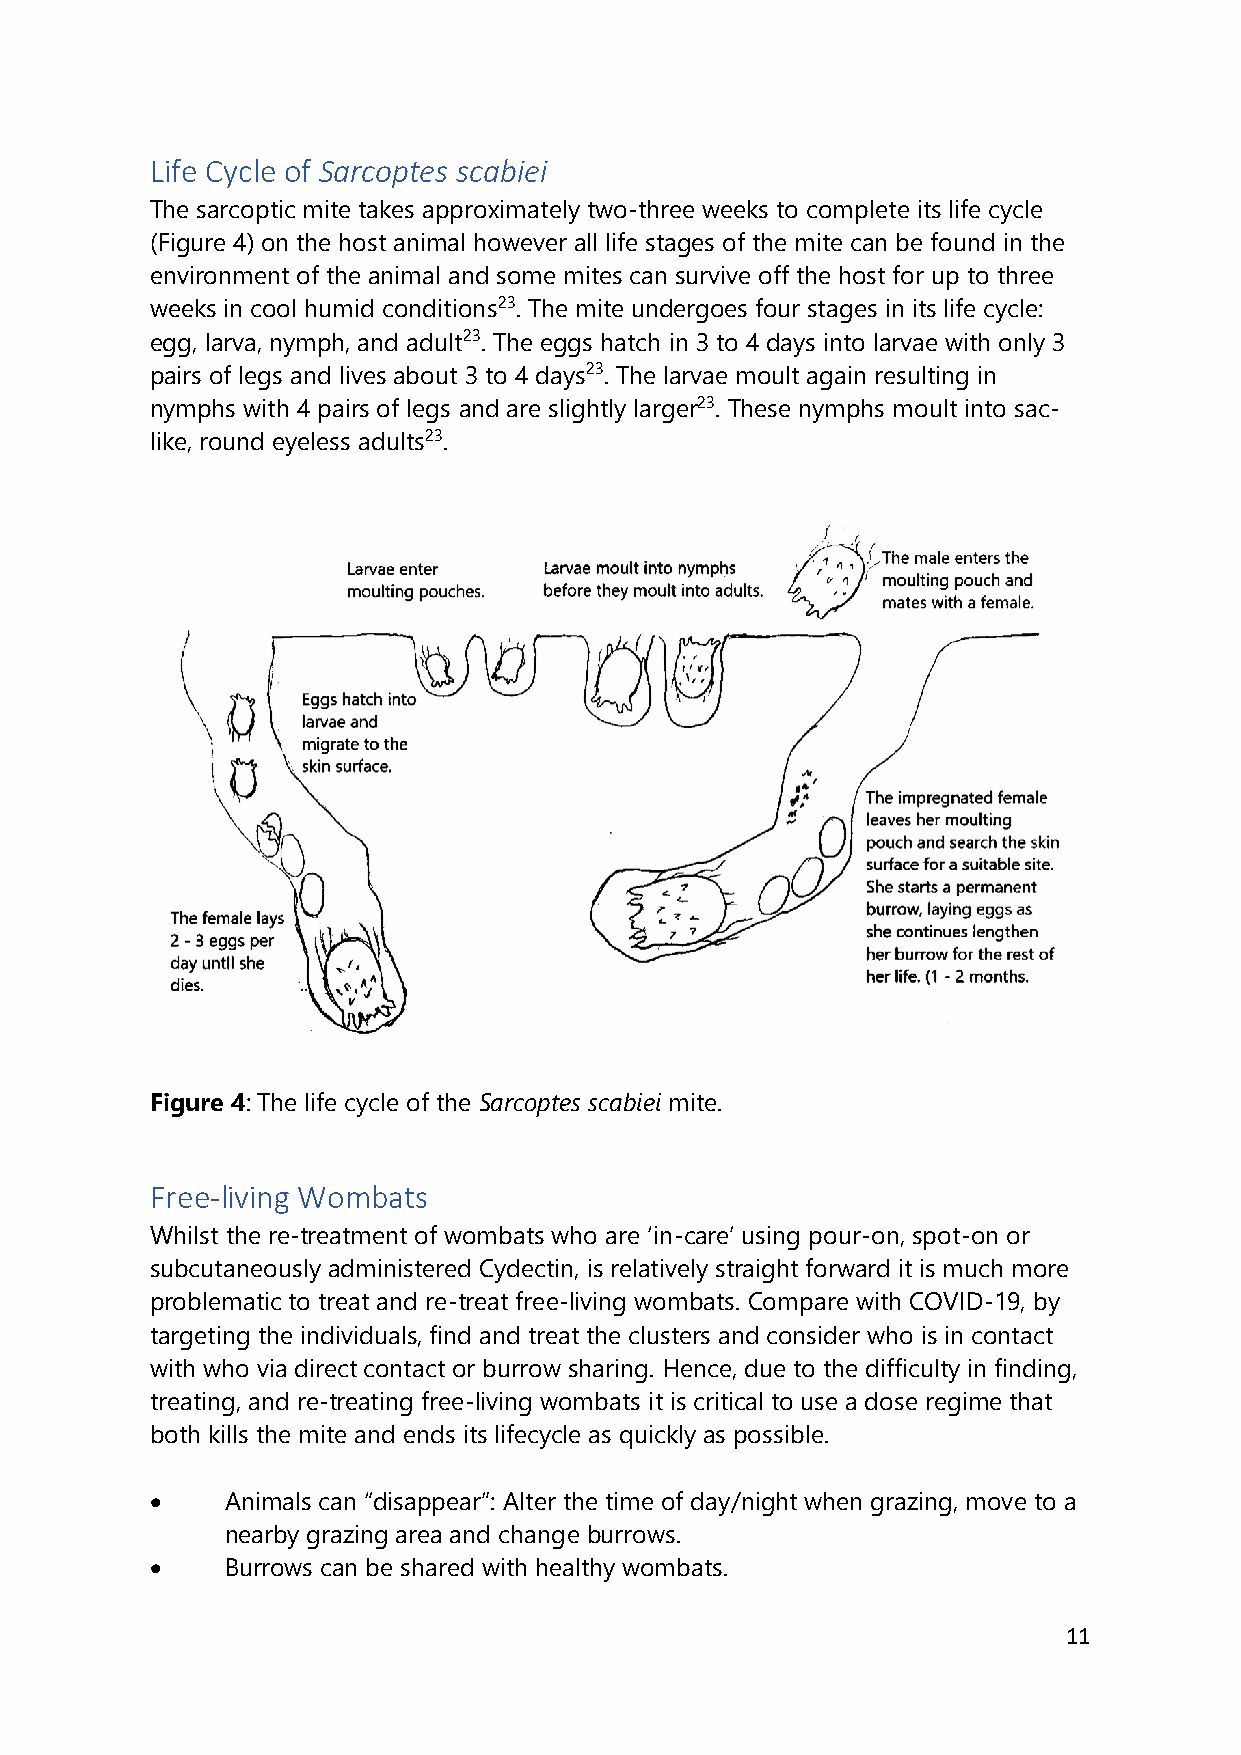
Life Cycle of Sarcoptes scabiei
 The sarcoptic mite takes approximately two-three weeks to complete its life cycle
 (Figure 4) on the host animal however all life stages of the mite can be found in the
 environment of the animal and some mites can survive off the host for up to three
 weeks in cool humid conditions23. The mite undergoes four stages in its life cycle:
 egg, larva, nymph, and adult23. The eggs hatch in 3 to 4 days into larvae with only 3
 pairs of legs and lives about 3 to 4 days23. The larvae moult again resulting in
 nymphs with 4 pairs of legs and are slightly larger23. These nymphs moult into sac-
 like, round eyeless adults23.
 Figure 4: The life cycle of the Sarcoptes scabiei mite.
 Free-living Wombats
 Whilst the re-treatment of wombats who are ‘in-care’ using pour-on, spot-on or
 subcutaneously administered Cydectin, is relatively straight forward it is much more
 problematic to treat and re-treat free-living wombats. Compare with COVID-19, by
 targeting the individuals, find and treat the clusters and consider who is in contact
 with who via direct contact or burrow sharing. Hence, due to the difficulty in finding,
 treating, and re-treating free-living wombats it is critical to use a dose regime that
 both kills the mite and ends its lifecycle as quickly as possible.
 •    Animals can “disappear”: Alter the time of day/night when grazing, move to a
 nearby grazing area and change burrows.
 •    Burrows can be shared with healthy wombats.
 11